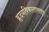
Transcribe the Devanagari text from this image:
हृदयविकारापासून